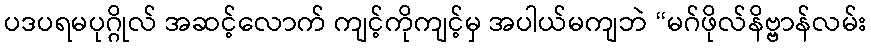
ပဒပရမပုဂ္ဂိုလ် အဆင့်လောက် ကျင့်ကိုကျင့်မှ အပါယ်မကျဘဲ “မဂ်ဖိုလ်နိဗ္ဗာန်လမ်း